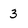
Character: 3